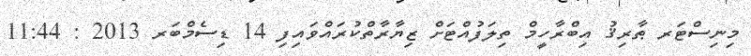
މިނިސްޓަރ ޠާރިޤު އިބްރާހީމް ތިލަފުއްޓަށް ޒިޔާރާތްކުރައްވައިފި 14 ޑިސެމްބަރ 2013 : 11:44